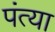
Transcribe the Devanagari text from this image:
पंत्या